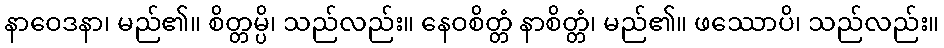
နာဝေဒနာ၊ မည်၏။ စိတ္တမ္ပိ၊ သည်လည်း။ နေဝစိတ္တံ နာစိတ္တံ၊ မည်၏။ ဖဿောပိ၊ သည်လည်း။